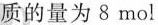
质的量为8mol